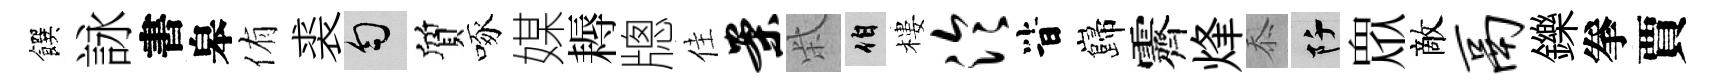
饌詠書皋侑裘匀質啄媒耨牕佳案柴伯樓泠𣅜巋霽烽忝阡衆敵鬲鑠拳賈